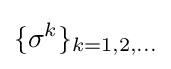
\{\sigma ^{k}\}_{k=1,2,\ldots }